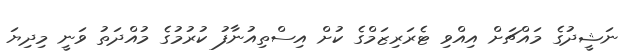
ނަޝީދުގެ މައްޗަށް އިއްވި ޓެރަރިޒަމްގެ ކުށް އިސްތިއުނާފު ކުރުމުގެ މުއްދަތު ވަނީ މިދިޔަ